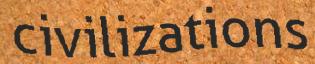
civilizations